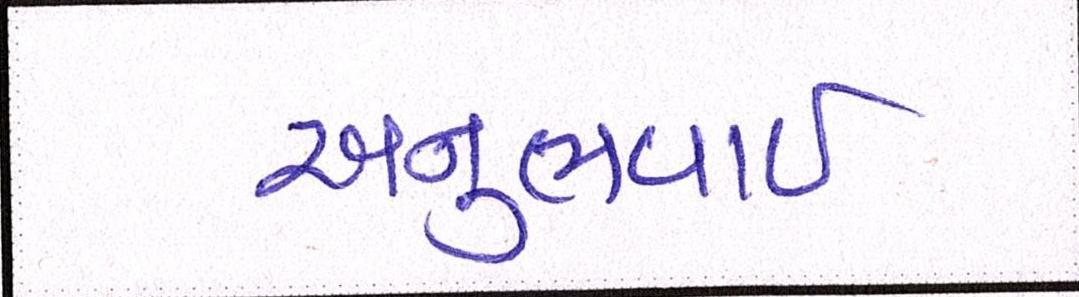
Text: અનુભવાઇ